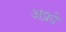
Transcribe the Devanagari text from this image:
अफ्रो